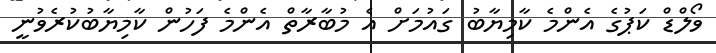
ވޯލްޑް ކަޕުގެ އެންމެ ކާމިޔާބު ގައުމަށް އެ މުބާރާތް އެންމެ ފަހުން ކާމިޔާބުކުރެވުނީ